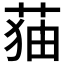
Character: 𦲥